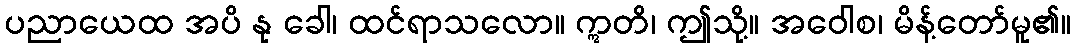
ပညာယေထ အပိ နု ခေါ၊ ထင်ရာသလော။ ဣတိ၊ ဤသို့။ အဝေါစ၊ မိန့်တော်မူ၏။